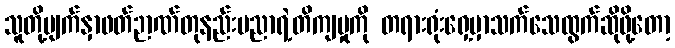
သူတို့မျက်နှာဖတ်ဉာဏ်တုနည်းပညာရဲ့တိကျမှုကို တရားရုံးရှေ့မှာသက်သေထွက်ဆိုဖို့တော့